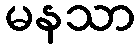
မနသာ